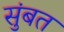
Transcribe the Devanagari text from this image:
सुंबत